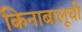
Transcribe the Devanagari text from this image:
किनाबालूची